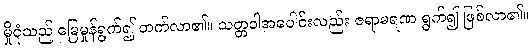
မှိုငုံသည် မြေမှုန်ရွက်၍ တက်လာ၏။ သတ္တဝါအပေါင်းလည်း ဇရာမရဏ ရွက်၍ ဖြစ်လာ၏။